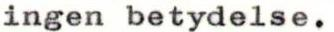
ingen betydelse.